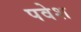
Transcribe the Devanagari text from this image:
पवेश